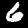
Digit: 6